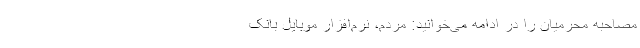
مصاحبه محرمیان را در ادامه می‌خوانید: مردم، نرم‌افزار موبایل بانک